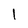
Character: I